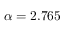
\alpha = 2 . 7 6 5